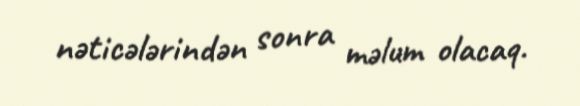
nəticələrindən sonra məlum olacaq.